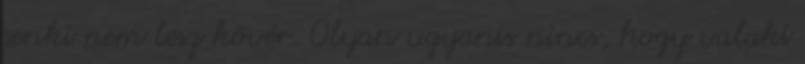
senki nem lesz kövér. Olyan ugyanis nincs, hogy valaki